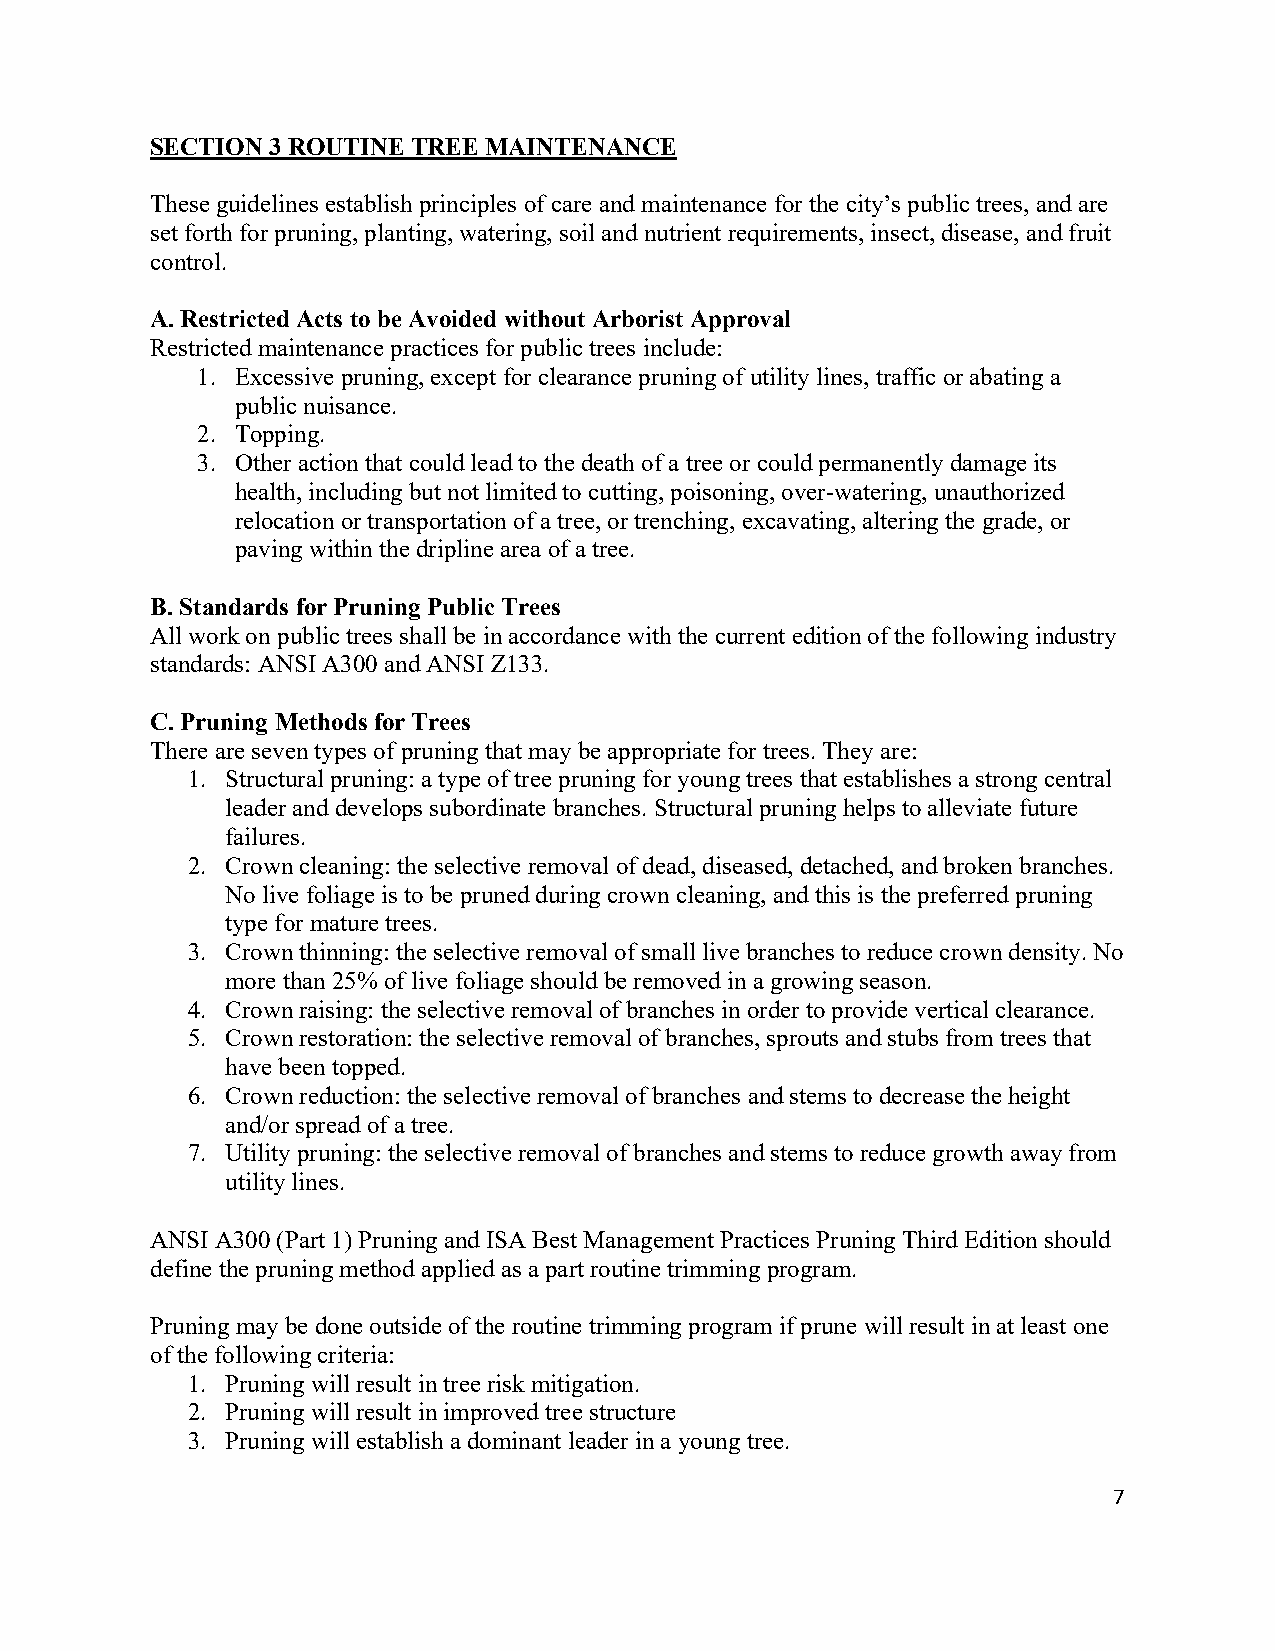
SECTION 3 ROUTINE TREE MAINTENANCE
 These guidelines establish principles of care and maintenance for the city’s public trees, and are
 set forth for pruning, planting, watering, soil and nutrient requirements, insect, disease, and fruit
 control.
 A. Restricted Acts to be Avoided without Arborist Approval
 Restricted maintenance practices for public trees include:
 1. Excessive pruning, except for clearance pruning of utility lines, traffic or abating a
 public nuisance.
 2. Topping.
 3. Other action that could lead to the death of a tree or could permanently damage its
 health, including but not limited to cutting, poisoning, over-watering, unauthorized
 relocation or transportation of a tree, or trenching, excavating, altering the grade, or
 paving within the dripline area of a tree.
 B. Standards for Pruning Public Trees
 All work on public trees shall be in accordance with the current edition of the following industry
 standards: ANSI A300 and ANSI Z133.
 C. Pruning Methods for Trees
 There are seven types of pruning that may be appropriate for trees. They are:
 1. Structural pruning: a type of tree pruning for young trees that establishes a strong central
 leader and develops subordinate branches. Structural pruning helps to alleviate future
 failures.
 2. Crown cleaning: the selective removal of dead, diseased, detached, and broken branches.
 No live foliage is to be pruned during crown cleaning, and this is the preferred pruning
 type for mature trees.
 3. Crown thinning: the selective removal of small live branches to reduce crown density. No
 more than 25% of live foliage should be removed in a growing season.
 4. Crown raising: the selective removal of branches in order to provide vertical clearance.
 5. Crown restoration: the selective removal of branches, sprouts and stubs from trees that
 have been topped.
 6. Crown reduction: the selective removal of branches and stems to decrease the height
 and/or spread of a tree.
 7. Utility pruning: the selective removal of branches and stems to reduce growth away from
 utility lines.
 ANSI A300 (Part 1) Pruning and ISA Best Management Practices Pruning Third Edition should
 define the pruning method applied as a part routine trimming program.
 Pruning may be done outside of the routine trimming program if prune will result in at least one
 of the following criteria:
 1. Pruning will result in tree risk mitigation.
 2. Pruning will result in improved tree structure
 3. Pruning will establish a dominant leader in a young tree.
 7